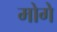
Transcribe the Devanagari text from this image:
मोगे